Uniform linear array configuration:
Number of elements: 48
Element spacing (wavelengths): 0.25
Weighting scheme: hann
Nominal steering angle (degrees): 15
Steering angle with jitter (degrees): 13.288
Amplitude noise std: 0.05
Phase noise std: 0.05

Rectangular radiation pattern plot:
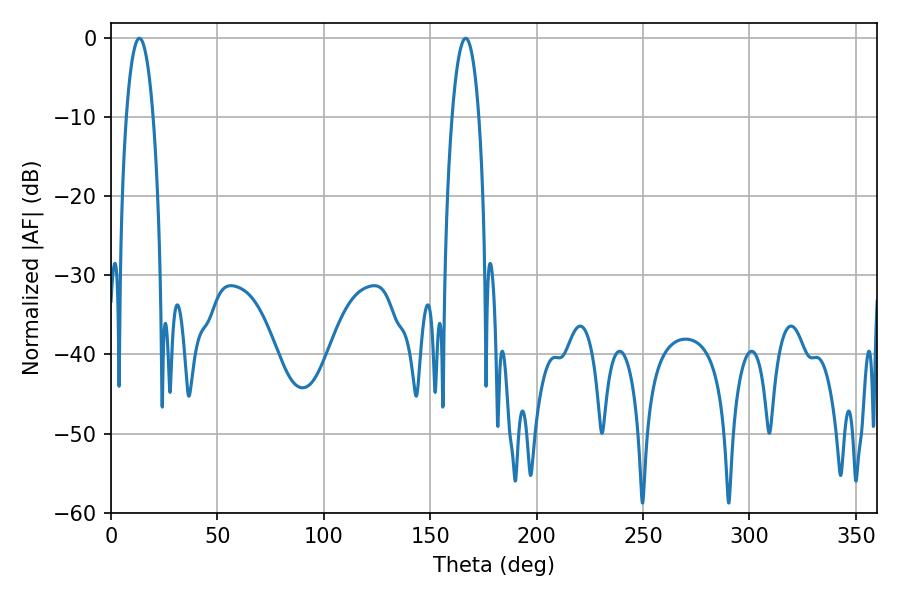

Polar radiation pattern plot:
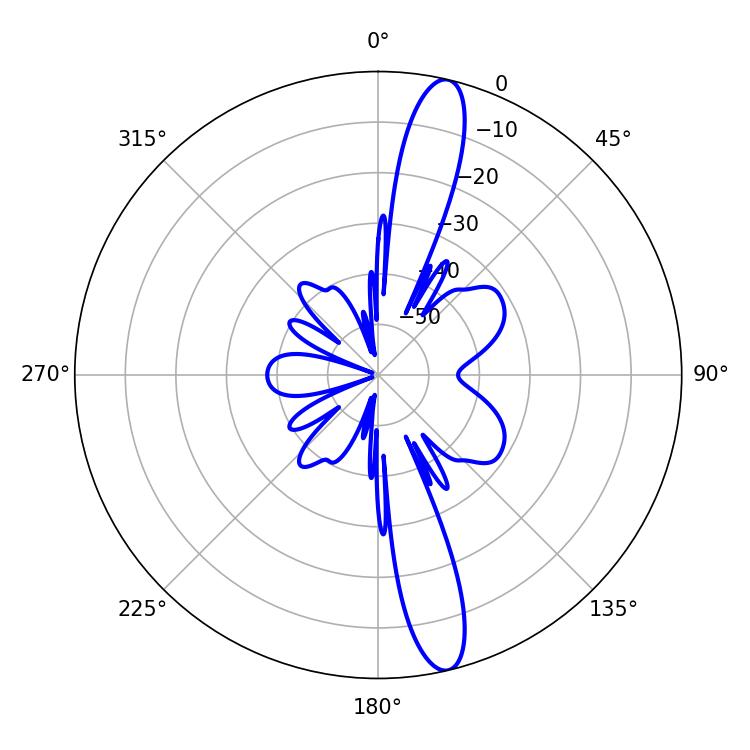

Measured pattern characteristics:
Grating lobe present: FALSE
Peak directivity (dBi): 15.137
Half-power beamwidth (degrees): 7.02
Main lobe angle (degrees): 13.32